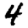
Digit: 4